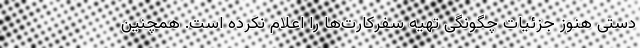
دستی هنوز جزئیات چگونگی تهیه سفرکارت‌ها را اعلام نکرده است. همچنین